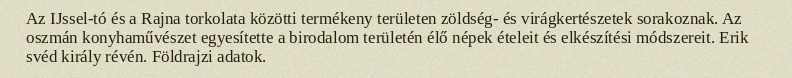
Az IJssel-tó és a Rajna torkolata közötti termékeny területen zöldség- és virágkertészetek sorakoznak. Az oszmán konyhaművészet egyesítette a birodalom területén élő népek ételeit és elkészítési módszereit. Erik svéd király révén. Földrajzi adatok.